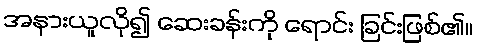
အနားယူလို၍ ဆေးခန်းကို ရောင်း ခြင်းဖြစ်၏။